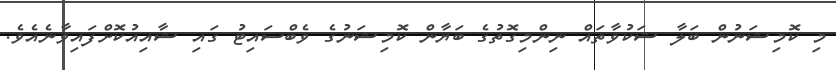
މި ކޮމިޝަނުން ބަލާ ޝަކުވާތައް ނިންމިގޮތުގެ ބަޔާން ކޮމިޝަނުގެ ވެބްސައިޓު ގައި ޝާއިއުކޮށްފައިވާނެއެވެ.